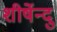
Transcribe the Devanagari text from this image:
शीर्षेन्दु